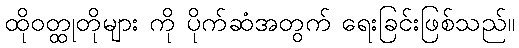
ထိုဝတ္ထုတိုများ ကို ပိုက်ဆံအတွက် ရေးခြင်းဖြစ်သည်။